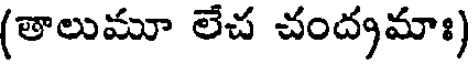
(తాలుమూ లేచ చంద్యమాః)